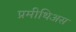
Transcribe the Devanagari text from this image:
प्रमीथिअस